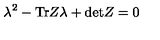
\lambda ^ { 2 } - \mathrm { T r } Z \lambda + \mathrm { d e t } Z = 0